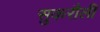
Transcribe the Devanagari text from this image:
सुकरौली